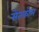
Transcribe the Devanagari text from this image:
सेंतकोम